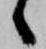
候